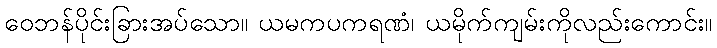
ဝေဘန်ပိုင်းခြားအပ်သော။ ယမကပကရဏံ၊ ယမိုက်ကျမ်းကိုလည်းကောင်း။